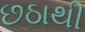
છઠાથી